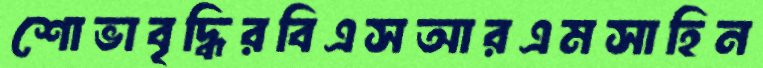
শোভাবৃদ্ধিরবিএসআরএমসাহিন